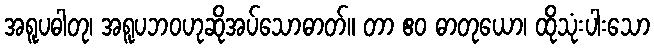
အရူပဓါတု၊ အရူပဘဝဟုဆိုအပ်သောဓာတ်။ တာ ဧဝ ဓာတုယော၊ ထိုသုံးပါးသော